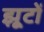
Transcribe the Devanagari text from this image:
झूटों